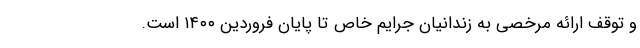
و توقف ارائه مرخصی به زندانیان جرایم خاص تا پایان فروردین ۱۴۰۰ است.